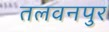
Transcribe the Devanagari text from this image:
तलवनपुर